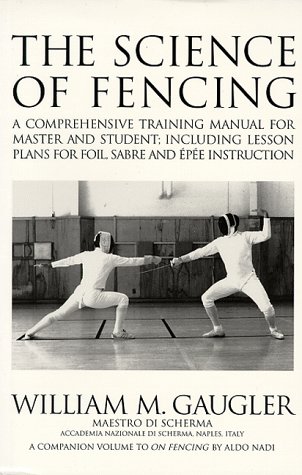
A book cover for The Science of Fencing: A Comprehensive Training Manual for Master and Student: Including Lesson Plans for Foil, Sabre and Epee Instruction; William M. Gaugler; Sports & Outdoors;